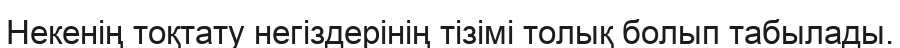
Некенің тоқтату негіздерінің тізімі толық болып табылады.